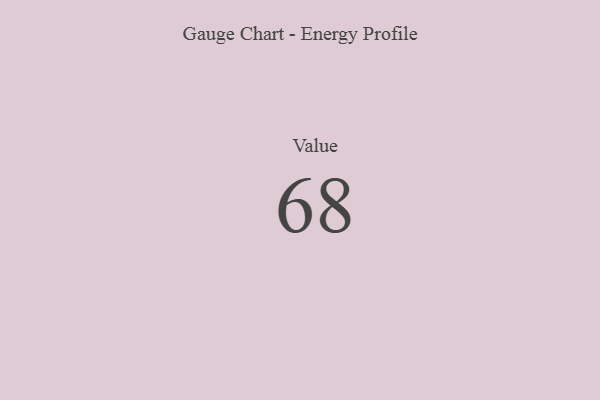
{"axis": {"x": "Metric", "y": "Value"}, "legend": [""], "data": [{"x": "Value", "y": 68, "type": ""}]}